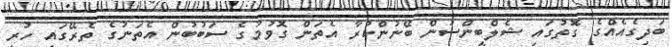
ބަދިގެއެއްގެ ގޮތުގައި ޝެލްބީންސުން ބޭނުންކުރާ އެތަން ގޮވުމުގެ ސަބުބުން އެތަނުގެ ތެރޭގައި ހުރި